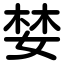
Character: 婪